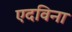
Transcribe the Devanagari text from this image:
एदविना